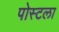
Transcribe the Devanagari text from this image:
पोस्टला